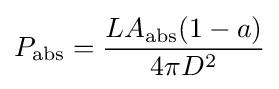
P_{\rm {abs}}={\frac {LA_{\rm {abs}}(1-a)}{4\pi D^{2}}}